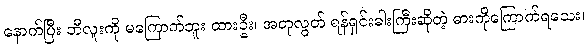
နောက်ပြီး ဘီလူးကို မကြောက်ဘူး ထားဦး၊ အတုလွတ် ရန်ရှင်းဓါးကြီးဆိုတဲ့ ဓားကိုကြောက်ရသေး၊